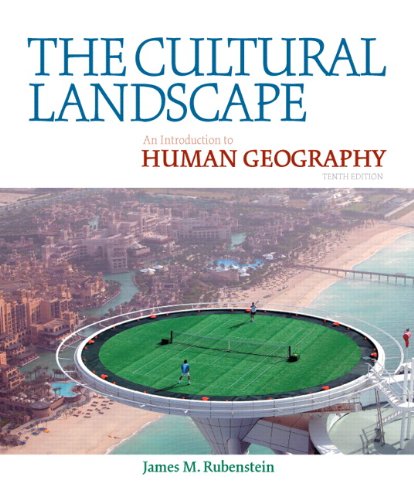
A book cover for The Cultural Landscape: An Introduction to Human Geography (10th Edition); James M. Rubenstein; Science & Math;